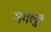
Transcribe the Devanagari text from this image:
मगलुरु